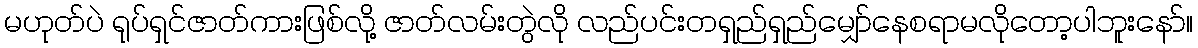
မဟုတ်ပဲ ရုပ်ရှင်ဇာတ်ကားဖြစ်လို့ ဇာတ်လမ်းတွဲလို လည်ပင်းတရှည်ရှည်မျှော်နေစရာမလိုတော့ပါဘူးနော်။